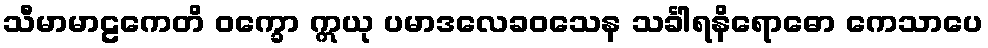
သီမာမာဠကေတိ ဝက္ခော ဣယု ပမာဒလေခဝသေန သင်္ခါရနိရောဓော ကေသာပေ